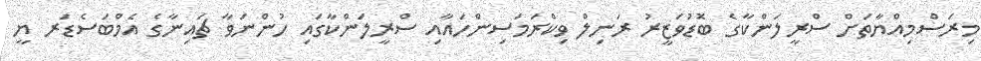
މިރަސްމިއްޔާތަށް ސްރީލަންކާގެ ބޮޑުވަޒީރު ރަނިލް ވިކްރަމަސިންހައާއި ސްރީލަންކާގައި ހުންނަވާ ޗައިނާގެ އެމްބަސެޑަރ ޔީ